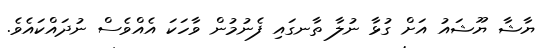
ޔާޝާ ޔޫޝައު އަށް ގުޅާ ނުލާ ތާނގައި ފެނުމުން ވާހަކަ އެއްވެސް ނުދައްކައެވެ.